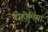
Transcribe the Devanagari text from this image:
बोहोमिया